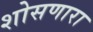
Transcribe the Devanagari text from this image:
शोसणारा